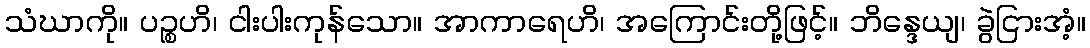
သံဃာကို။ ပဉ္စဟိ၊ ငါးပါးကုန်သော။ အာကာရေဟိ၊ အကြောင်းတို့ဖြင့်။ ဘိန္ဒေယျ၊ ခွဲငြားအံ့။